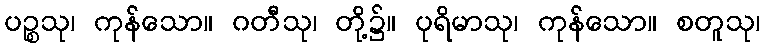
ပဉ္စသု၊ ကုန်သော။ ဂတီသု၊ တို့၌။ ပုရိမာသု၊ ကုန်သော။ စတူသု၊